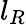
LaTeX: l_{R}